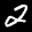
Label: 2